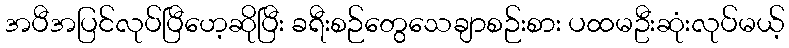
အပီအပြင်လုပ်ပြီဟေ့ဆိုပြီး ခရီးစဉ်တွေသေချာစဉ်းစား ပထမဦးဆုံးလုပ်မယ့်